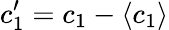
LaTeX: c_{1}^{\prime}=c_{1}-\left<c_{1}\right>